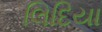
લિદિયા